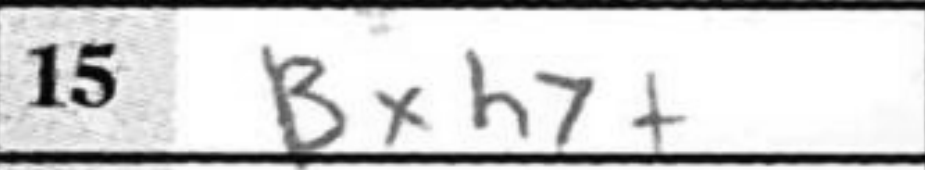
Transcription: Bxh7+